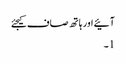
آئیے اور ہاتھ صاف کیجئے
1۔